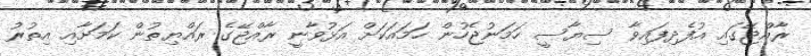
ރާއްޖޭގައި އުފެދިފައިވާ ސިޔާސީ ހަމަނުޖެހުން ހަމައަކަށް އަޅުވާނީ ރާއްޖޭގެ ރައްޔިތުން ކަމަށާއި އިތުރު